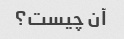
آن چیست؟